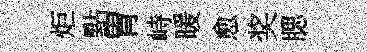
炬點胃峙暖愈奖腮